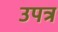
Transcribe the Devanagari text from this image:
उपत्र